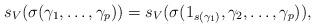
LaTeX: \begin{align*}s_V(\sigma(\gamma_1,\ldots,\gamma_p))= s_V(\sigma(1_{s(\gamma_1)},\gamma_2,\ldots,\gamma_p)),\end{align*}